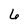
Character: 6